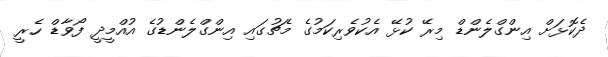
ދެކޮޅަށް އިންގްލެންޑް މިރޭ ކުޅޭ އެކުވެރިކަމުގެ މެޗުގައި އިންގްލެންޑުގެ އުއްމީީދީ ފޯވާޑް ހެރީ